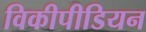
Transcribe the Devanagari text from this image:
विकीपीडियन